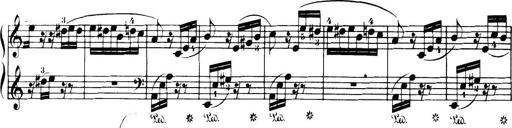
Title: 32 Sonatinas and Rondos for the Piano
Composer: Richard Kleinmichel